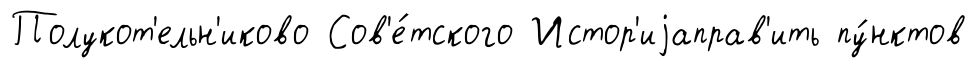
Полукот'ельн'иково Сов'е́тского Истор'иjаправ'ить пу́нктов